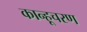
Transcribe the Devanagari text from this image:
कान्हूचरण